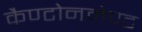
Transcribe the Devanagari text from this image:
कैण्टोनमेण्ट